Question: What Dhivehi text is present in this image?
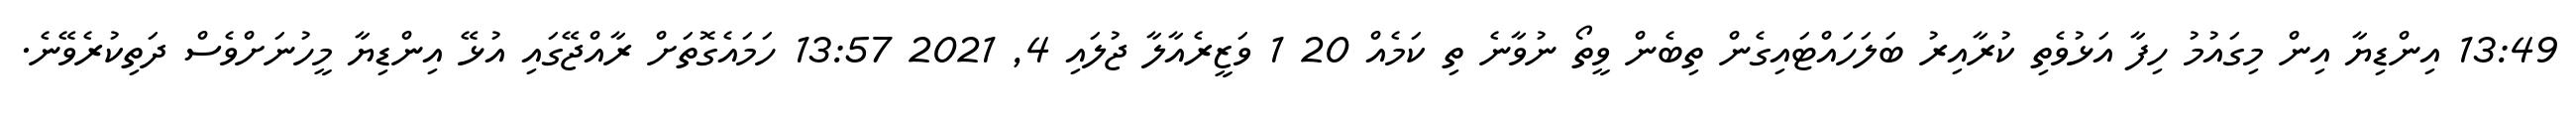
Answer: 13:49 އިންޑިޔާ އިން މިގައުމު ހިފާ އަޅުވެތި ކުރާއިރު ބަލަހައްޓައިގެން ތިބެން ވީތޯ ނުވާނެ ތި ކަމެއް 20 1 ވަޒީރެއާލާ ޖުލައި 4, 2021 13:57 ހަމައެގޮތަށް ރާއްޖޭގައި އުޅޭ އިންޑިޔާ މީހުނަށްވެސް ދަތިކުރެވޭނެ.